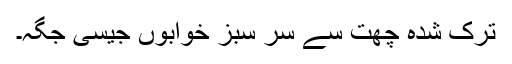
ترک شدہ چھت سے سر سبز خوابوں جیسی جگہ۔